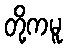
တို့ကမူ